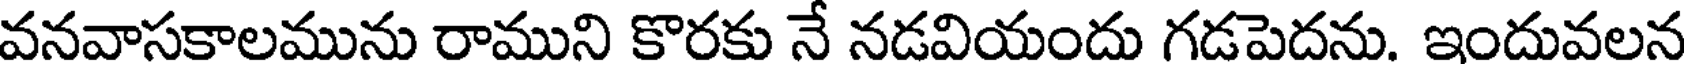
వనవాసకాలమును రాముని కొరకు నే నడవియందు గడపెదను. ఇందువలన